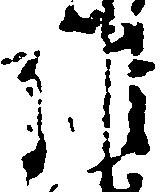
維